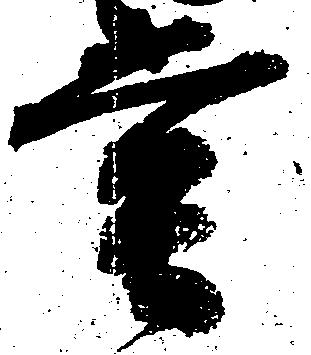
堂